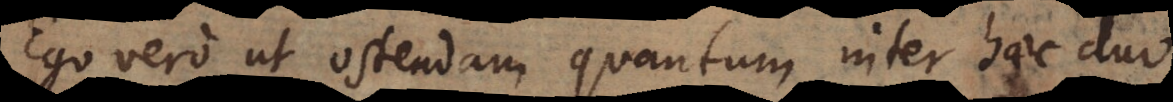
Ego vero, ut ostendam quantum inter haec duo